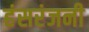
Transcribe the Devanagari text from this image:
हंसरंजनी